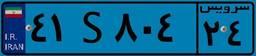
۷۰S۷۵۰۵۳